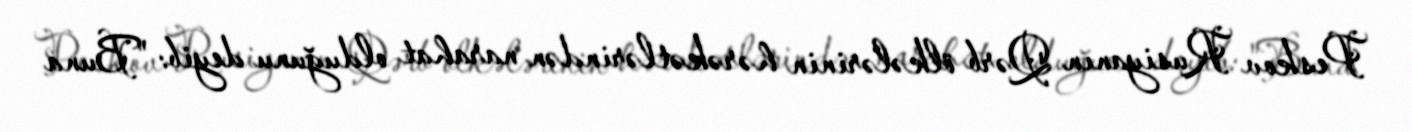
Peskov Rusiyanın Qərb ölkələrinin hərəkətlərindən narahat olduğunu deyib: "Buna